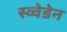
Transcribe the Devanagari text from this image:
स्व्वेडेन